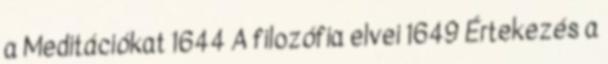
a Meditációkat 1644 A filozófia elvei 1649 Értekezés a